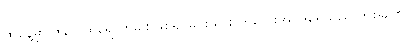
ထိုနေ့မှာ ဇွန်လထဲရောက်ခါစဖြစ်၍ မင်းသား ကလေးအင်ဒရေသည် တစ်ခါက